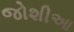
જોશીઆ